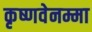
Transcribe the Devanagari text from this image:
कृष्णवेनम्मा